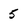
Character: 5